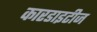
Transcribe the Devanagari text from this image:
कारडाइटीज